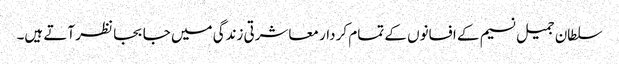
سلطان جمیل نسیم کے افسانوں کے تمام کر دار معاشرتی زندگی میں جا بجا نظر آتے ہیں۔